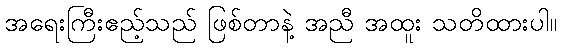
အရေးကြီးဧည့်သည် ဖြစ်တာနဲ့ အညီ အထူး သတိထားပါ။